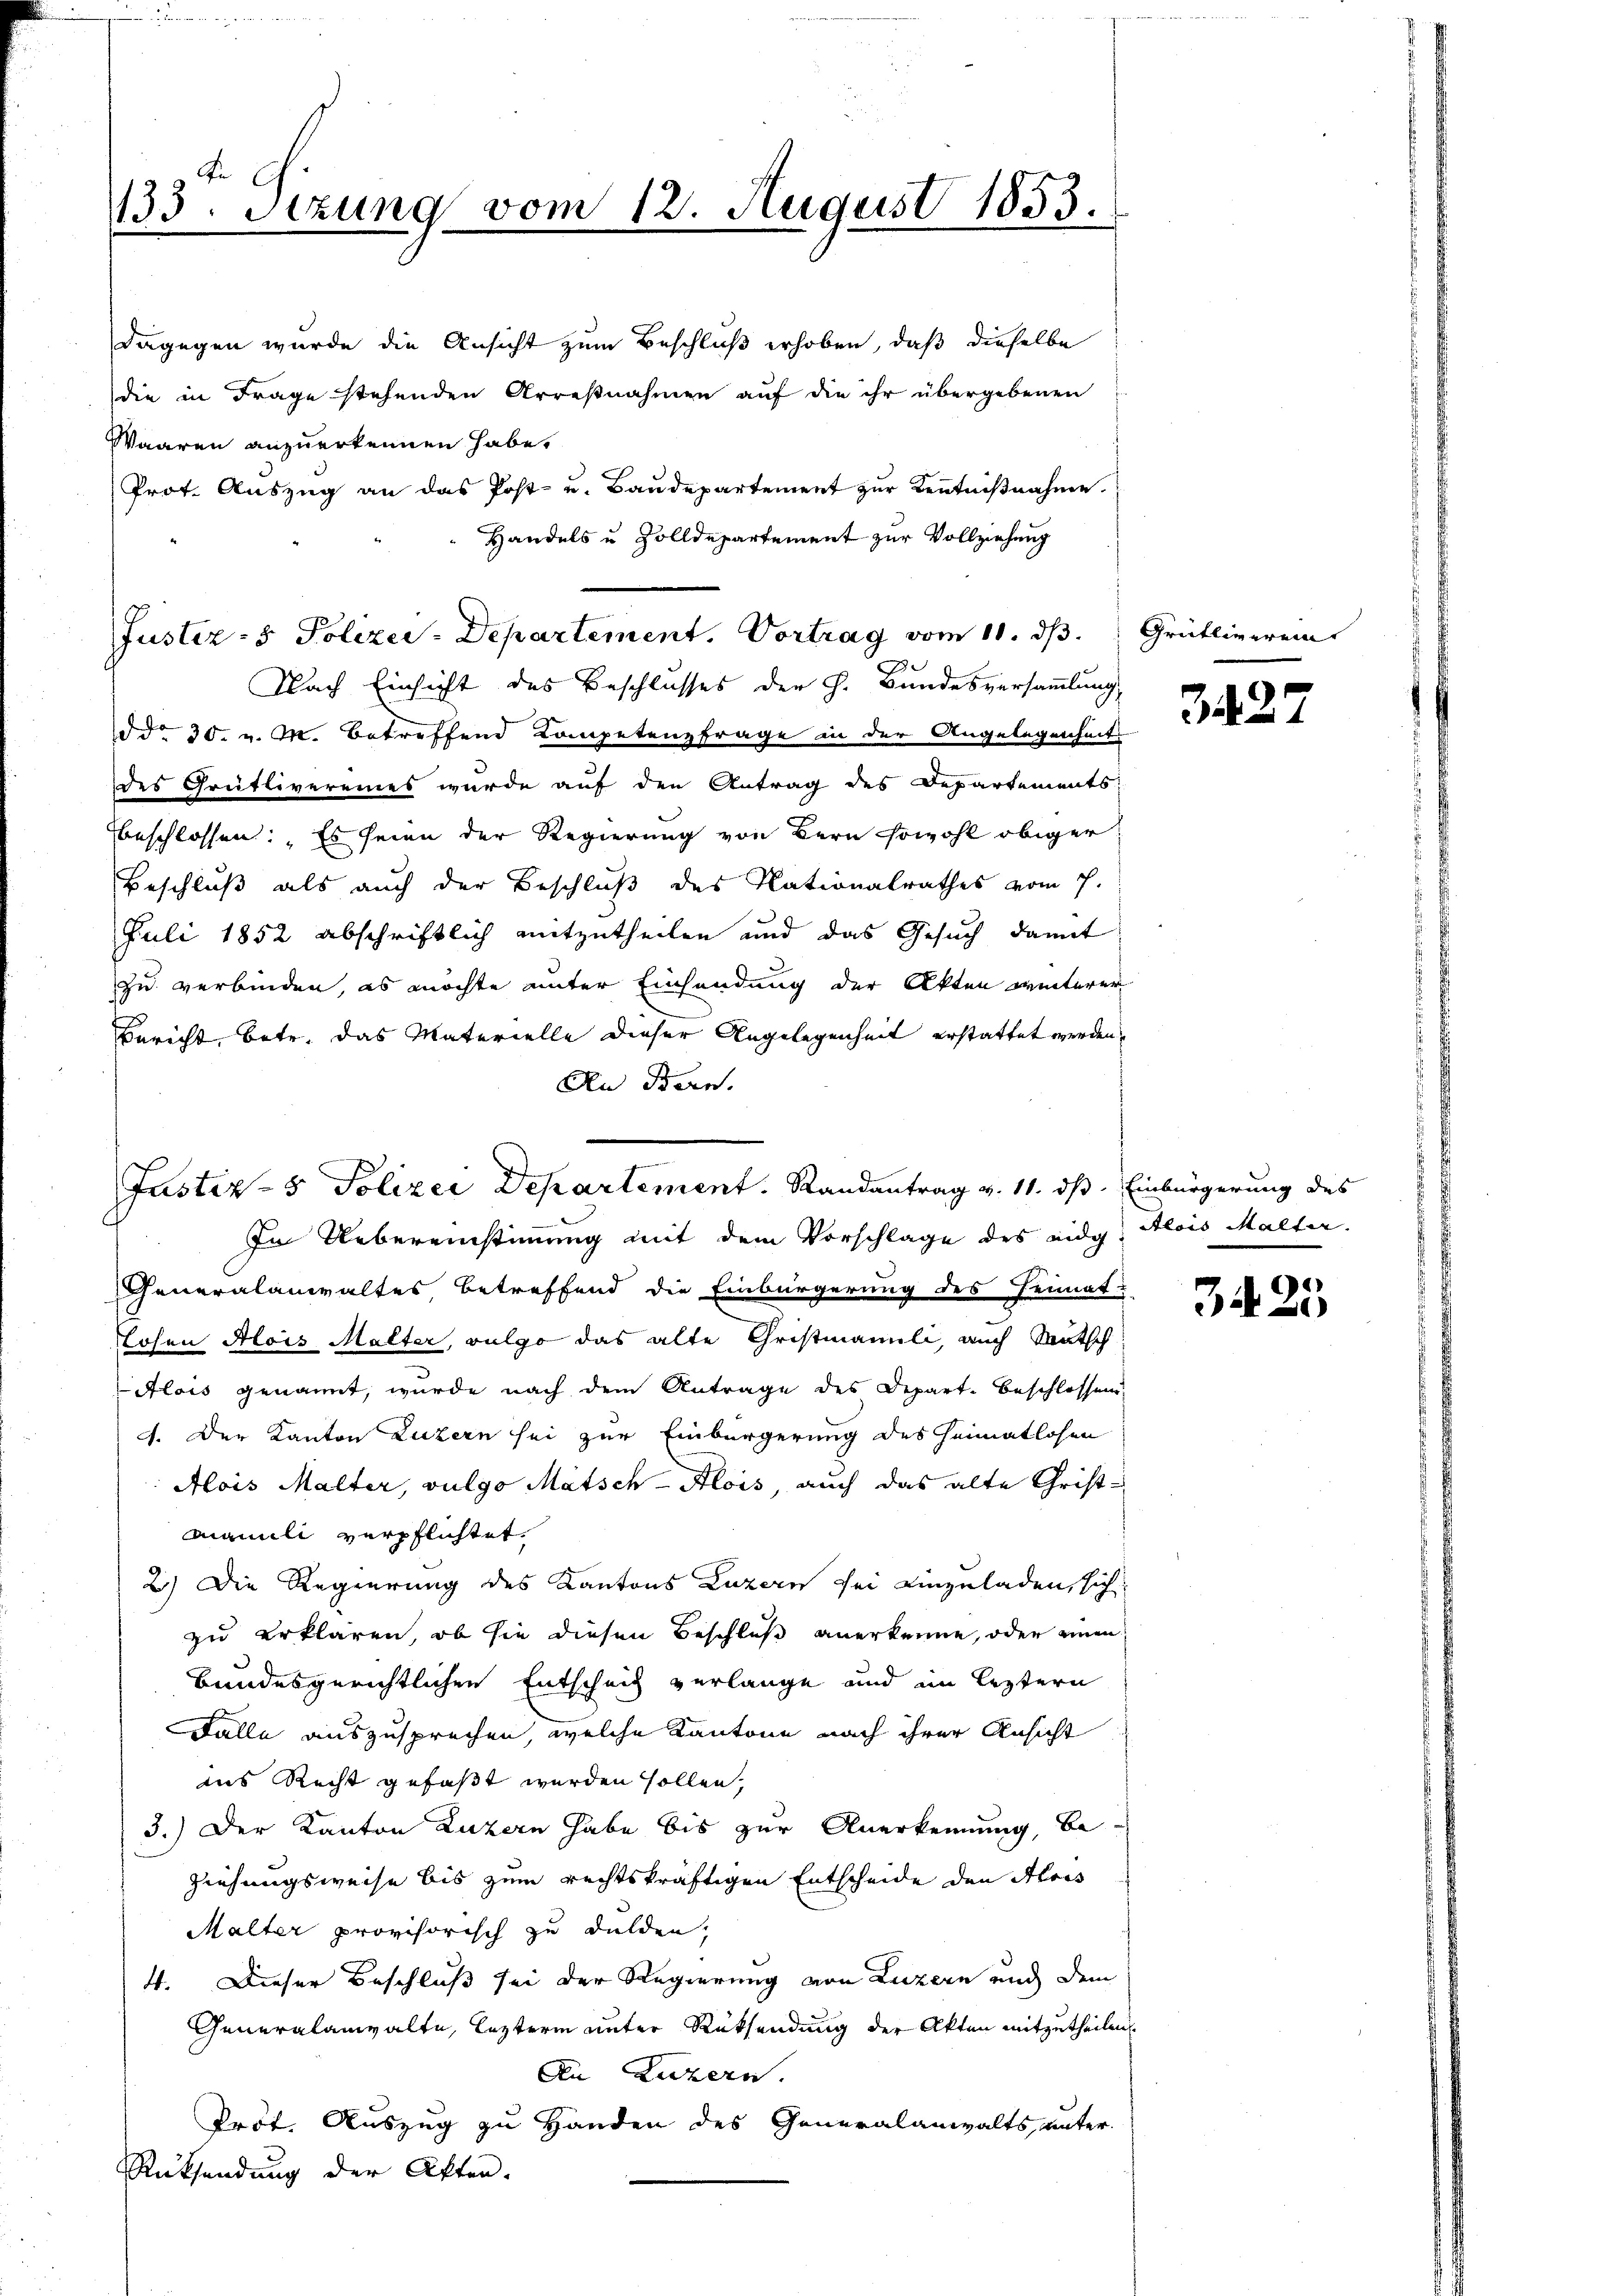
133. Sezung vom 12. August 1853.

Nach Einsicht des Beschlusses der h. Bundesversammlung,
ddo 30. v. M. betreffend Kompetenzfrage in der Angelegenheits
des Grütlivereines wurde auf den Antrag des Departements
bbeschlossen: „Es seien der Regierung von Bern sowohl obiger
Beschluß als auch der Beschluß des Nationalrathes vom 7.
Juli 1852 abschriftlich mitzutheilen und das Gesuch damit
zu verbinden, es möchte unter Einsendung der Akten weiterer
Bericht betr. das Materielle dieser Angelegenheit erstattet werden,
An Bern.

In Uebereinstimmung mit dem Vorschlage des eidg. Alois Malter.
Generalanwaltes betreffend die Einbürgerung des Heimat-
Lohen Alois Malter, vulgo das alte Christmännli, auch Mutsch
Alois genannt, wurde nach dem Antrage des Depart. Beschlossen
4. Der Kanton Luzern sei zur Einbürgerung des Heimatlosen
Alois Malter, vulgo Mätsch-Alois, auch das alte Christ¬
Mamili verpflichtet.
2.) Die Regierung des Kantons Luzern sei einzuladen, sich
zu erklären, ob sie diesen Beschluß anerkenne, oder einen
bandesgerichtlichen Entscheit verlange und im leztern
Falle auszusprechen, welche Kantone nach ihrer Ansicht
ins Recht gefaßt werden sollen,
3.) Der Kanton Luzern habe bis zur Anerkennung, be-
Ziehungsweise bis zum rechtskräftigen Entscheide den Alois
Malter provisorisch zu dulden,
4. Dieser Beschluß sei der Regierung von Luzern und dem
Generalanwalte, lezterm unter Rücksendung der Akten mitzutheilen.
An Luzern.
Prot. Auszug zu Handen des Generalanwalts unter-
Rücksendung der Akten.

Justiz- & Polizei Departement. Randantrag v. 11. dß. Einbürgerung des

dagegen wurde die Ansicht zum Beschluß erhoben, daß dieselbe
die in Frage stehenden Arrestnahmen auf die ihr übergebenen
Waaren anzuerkennen habe.
Prot. Auszug an das Post- u. Baŭdepartement zŭr Kenntniβnahme.
Handels u Zolldepartement zur Vollziehung

Justiz- & Polizei-Departement. Vortrag vom 11. ds.

Grütliverein

3427

34.

s